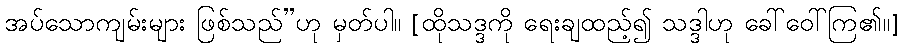
အပ်သောကျမ်းများ ဖြစ်သည်”ဟု မှတ်ပါ။ [ထိုသဒ္ဒကို ရေးချထည့်၍ သဒ္ဒါဟု ခေါ်ဝေါ်ကြ၏။]